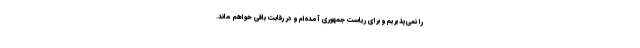
را نمی‌پذیریم و برای ریاست جمهوری آمده‌ام و در رقابت باقی خواهم ماند.